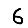
Digit: 6